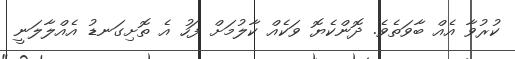
ކުރުވާ އެއް ބާވަތެވެ. ދޮންކެޔޮ ވަކެއް ކާލުމަށް ފަހު އެ ތޮށިގަނޑު އެއްލާލަނީ